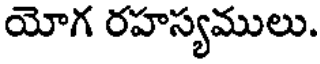
యోగ రహస్యములు.